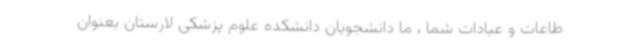
طاعات و عبادات شما ، ما دانشجویان دانشکده علوم پزشکی لارستان بعنوان